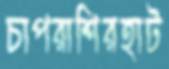
চাপরাশিরহাট